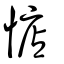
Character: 惦